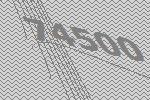
74500